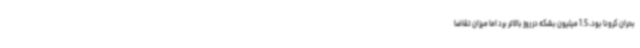
بحران کرونا بود، 1.5 میلیون بشکه در روز بالاتر برد اما میزان تقاضا